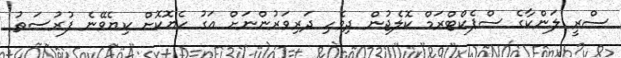
ސްރީ ލަންކާގެ ސްޕެކްޓްރަމް ކޮލެޖުން ދިވެހި ދަރިވަރުންނަށް އަގު ހެޔޮކޮށް ކިޔެވޭނެ ފުރުސަތު